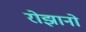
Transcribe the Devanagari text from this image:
रोझानो